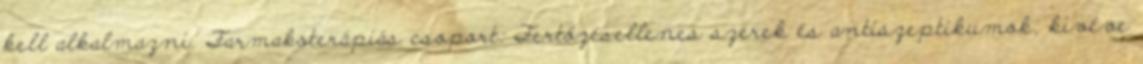
kell alkalmazni. Farmakoterápiás csoport: Fertőzésellenes szerek és antiszeptikumok, kivéve